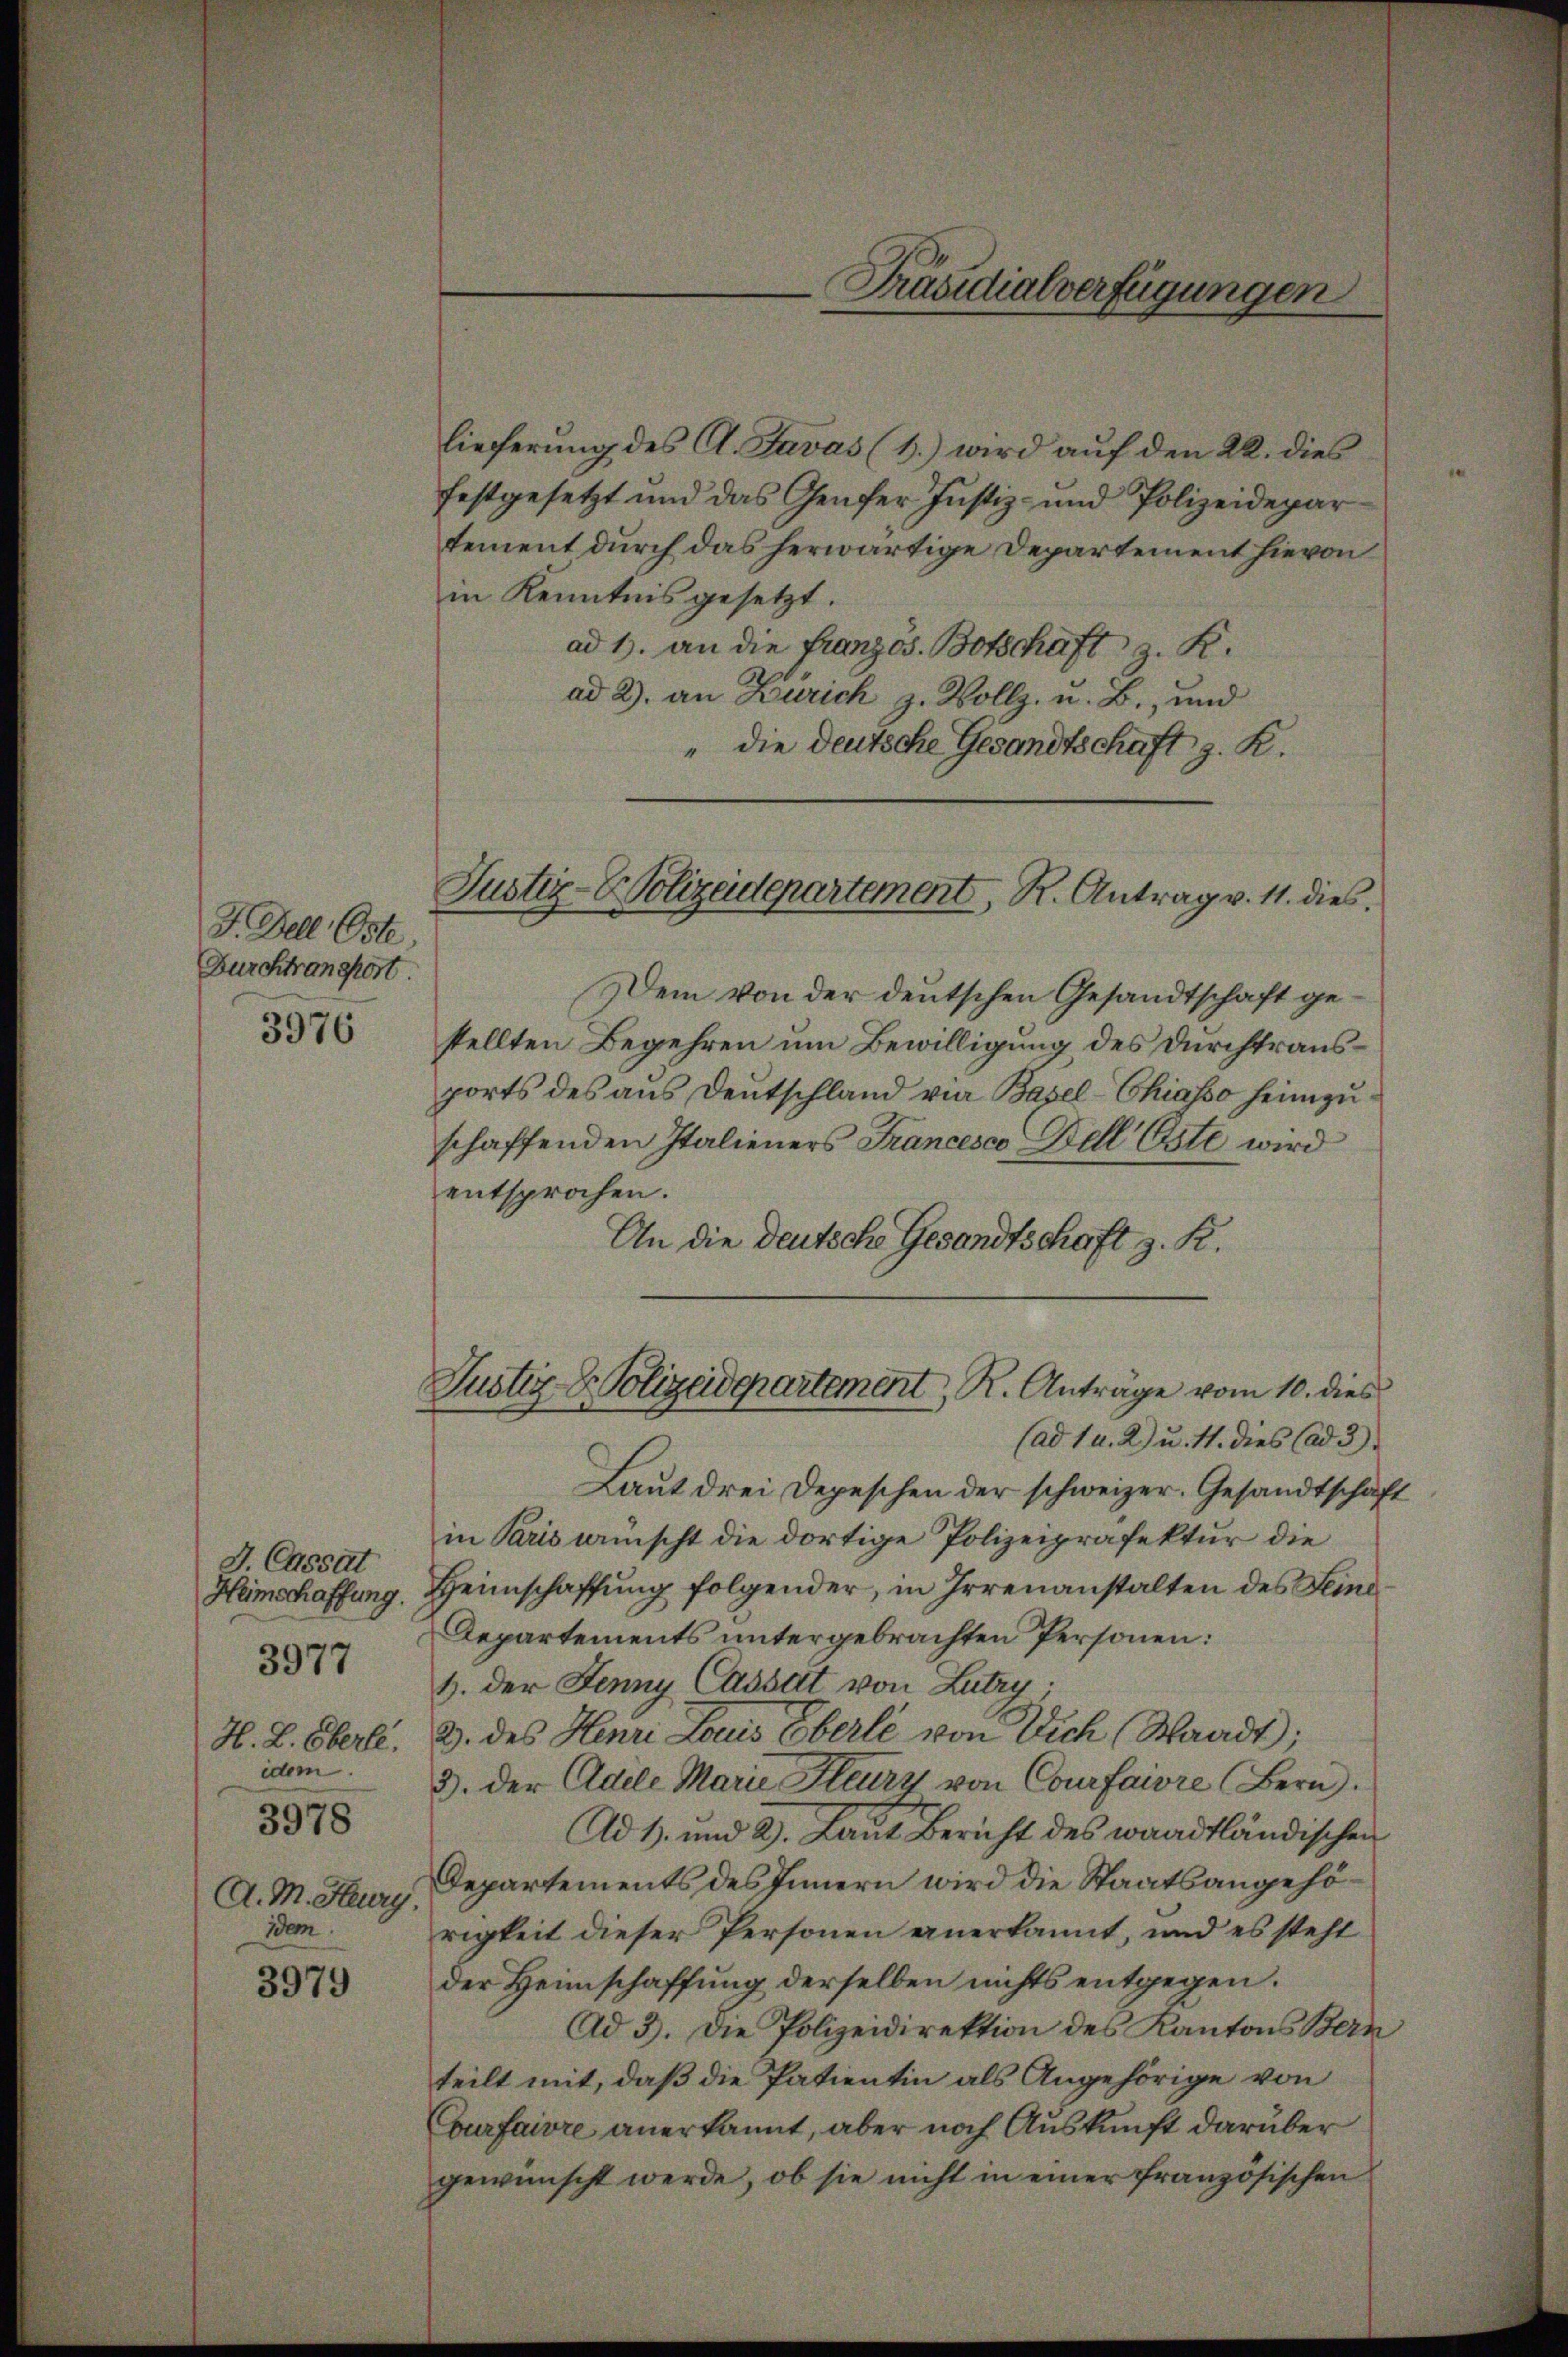
J. Dell, Oste
Burchtransport.
3976

J. Cassat
Heimschaffung.
H. L. Oberle.
idem.
3978
A. M. Heury.
idem

3977

3979

lieferung des A. Lavas (3.) wird auf den 22. dies
festgesetzt und das Genfer Justiz- und Polizeidepar
tement durch das herwärtige Departement hievon
in Kenntnis gesetzt.
ad 1. an die Französ. Botschaft z. K.
ad 2. an Zürich z. Vollz, u. B., und
" die deutsche Gesandtschaft z. R.

Dem von der deutschen Gesandtschaft gestellten Begehren um Bewilligung des Durchtrausports des aus Deutschland vie Basel-Chiasso heimzuschaffenden Italieners Francesco Bell Öste wird
entsprochen.
An die deutsche Gesandtschaft z. R.
Laut drei Depeschen der schweizer. Gesandtschaft
in Paris wünscht die dortige Polizeipräfektur die
Heimschaffung folgender, in Irrenanstalten des Feind¬
Departements untergebrachten Personen:
1. der Jenny Cassat von Lutry
3. des Henri Louis Eberle von Dich (Waadt);
3. der Adele Marie leury von Courfaivre (Bern.
Ad 1. und 2. Laut Bericht des waadtländischen
Departements des Innern wird die Staatsangehörigkeit dieser Personen anerkannt, und es steht
der Heimschaffung derselben nichts entgegen.
Ad 3. Die Polizeidirektion des Kantons Bern
teilt mit, daß die Patientin als Angehörige von
Courfaivre anerkannt, aber noch Auskunft darüber
gewünscht werde, ob sie nicht in einer französischen

Präsidialverfügungen

Justiz-Polizeidepartement, R. Antrag v. 11. dies

Justiz-Dr. Polizeidepartement, R. Antrage vom 10. dies
(ad 1 u. 2 u. 4. dies (ad 3)